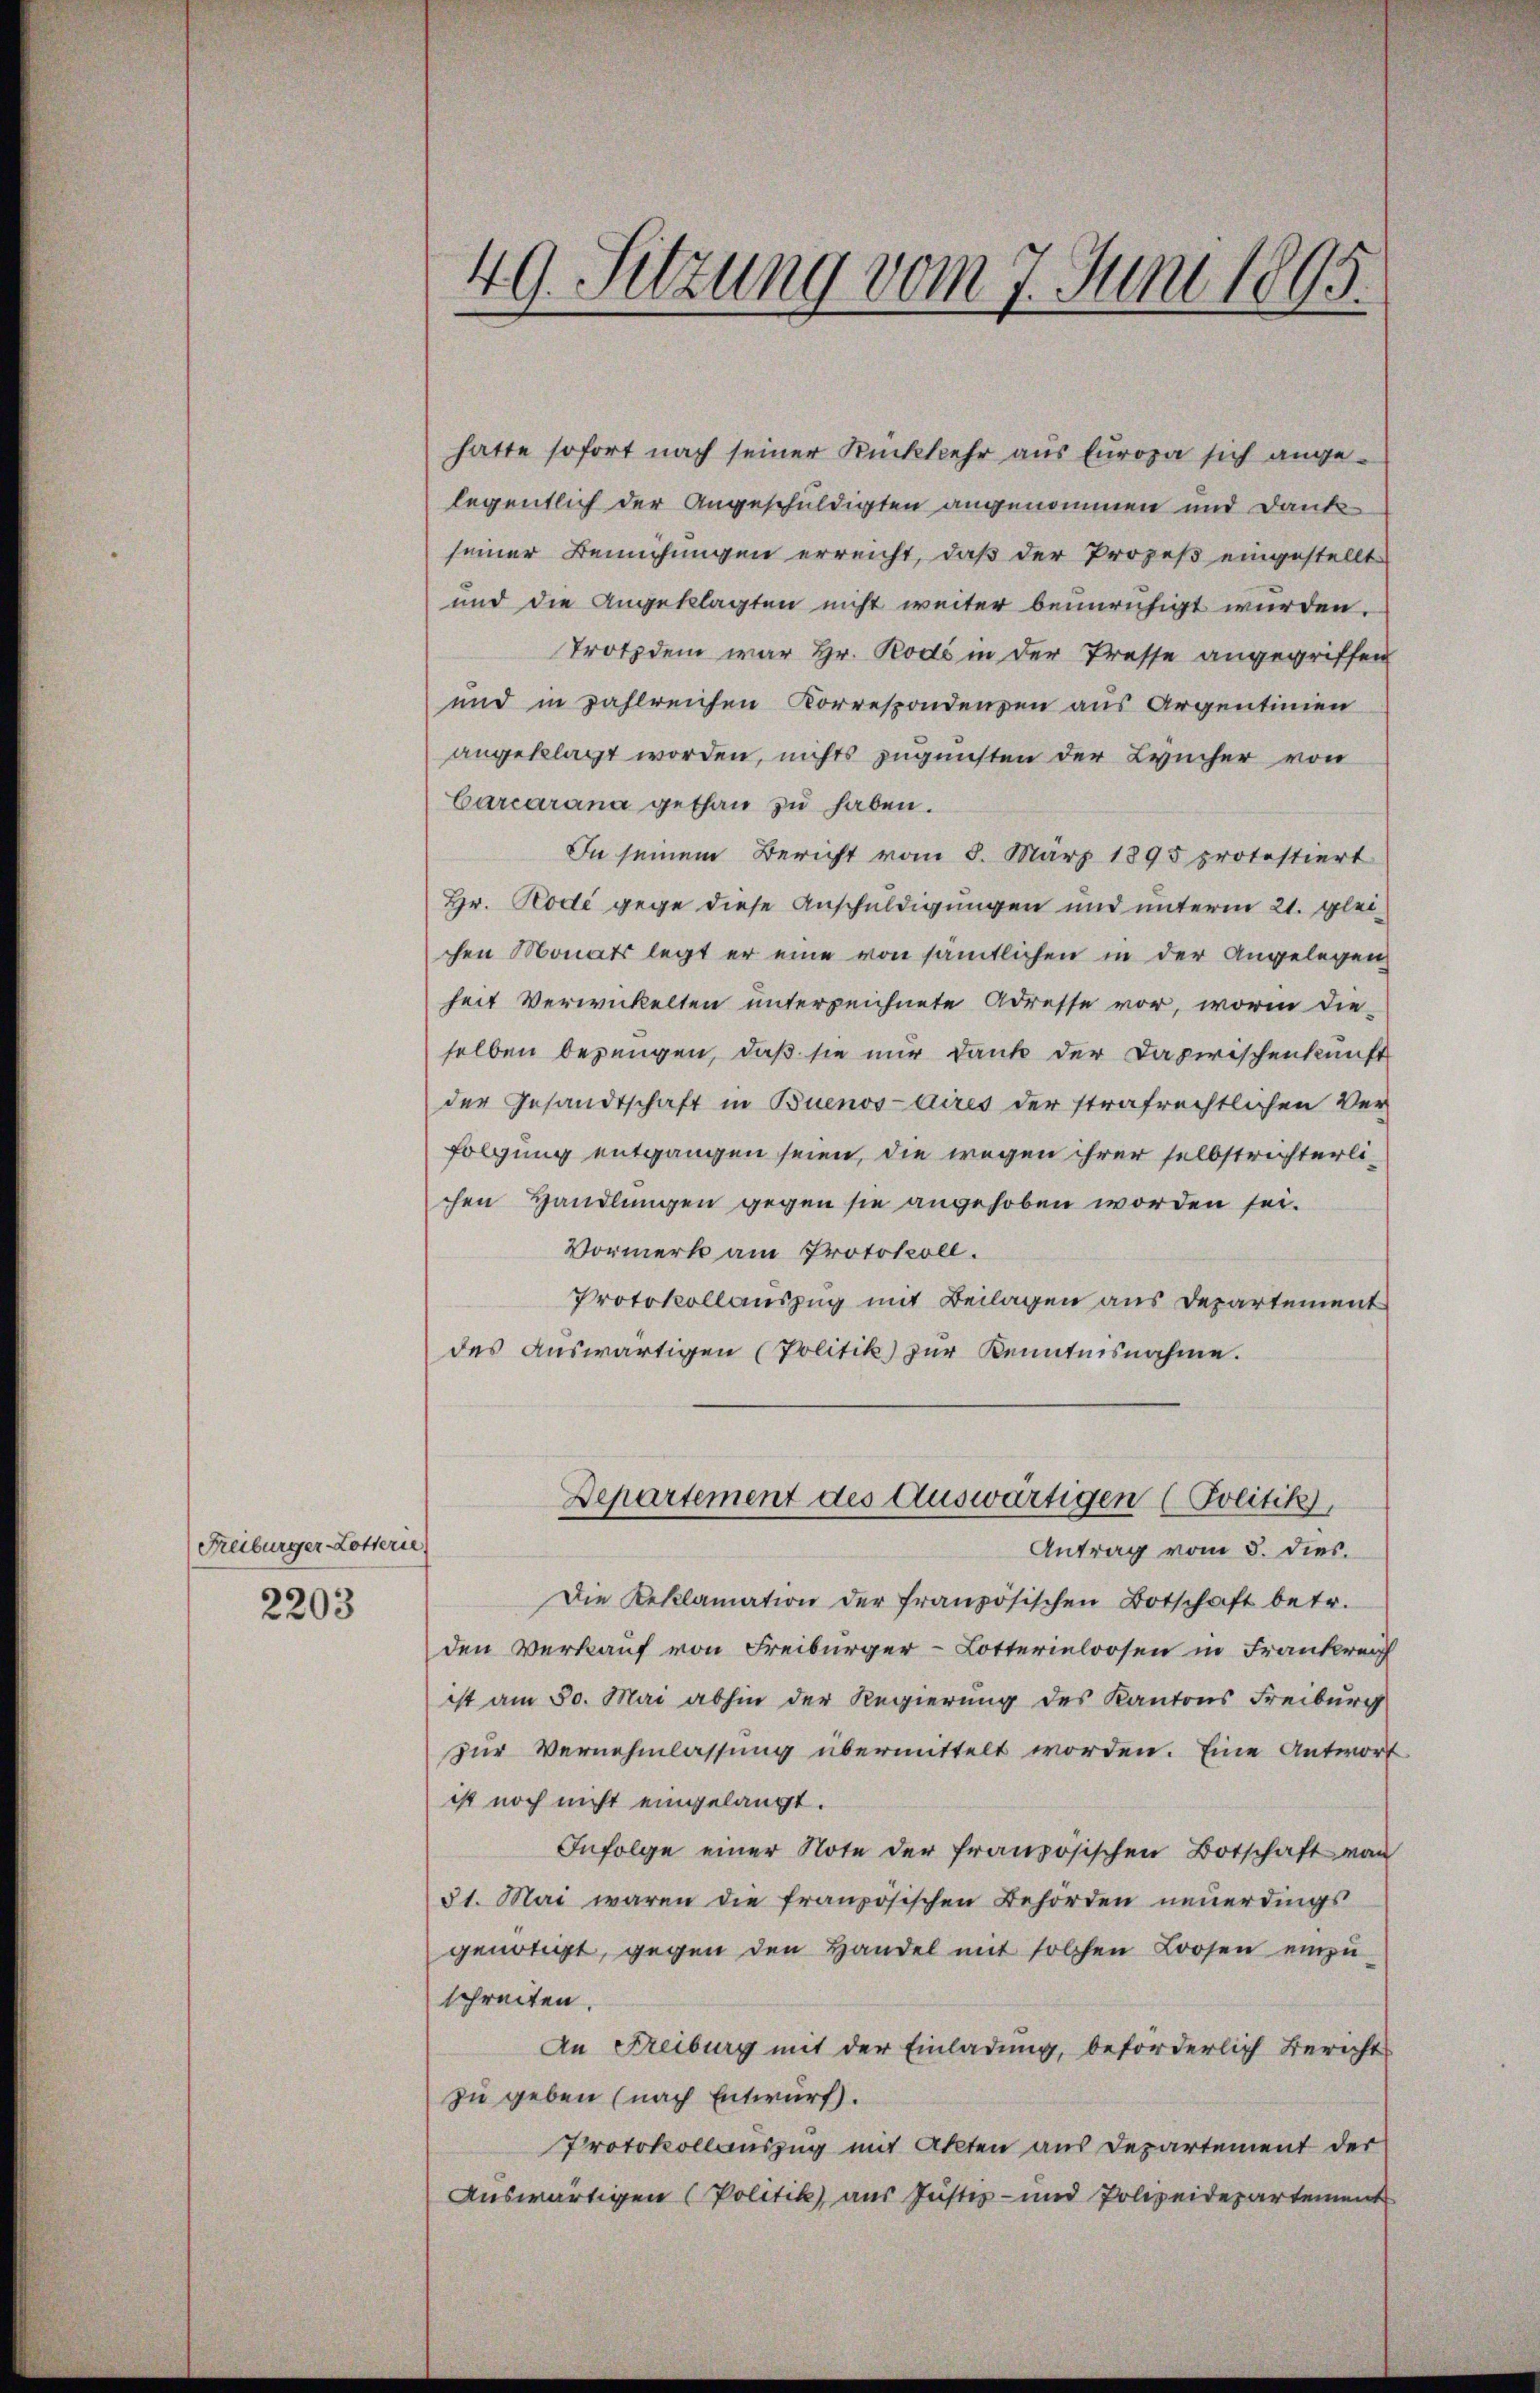
(Freiburger-Lotterie)
2203

49. Sitzung vom 7. Juni 1895.

hatte sofort nach seiner Rückkehr aus Europa sich angelegentlich der Angeschuldigten angenommen und Dankseiner Bemühungen erreicht, daß der Prozeß eingestellt
und die Angeklagten nicht weiter beunruhigt wurden.
Trotzdem war Hr. Rodi in der Tresse angegriffen
und in zahlreichen Korrespondenzen aus Argentinien
angeklagt worden, nichts zugunsten der Leucher von
Carcarana gethan zu haben.
In seinem Bericht vom 8. März 1895 protestiert
Hr. Rode gegen diese Anschuldigungen und unterm 21. glei
chen Monats legt er eine von sämtlichen in der Angelegen
heit Verwickelten unterzeichnete Adresse vor, worin die-
selben bezeugen, daß sie nur dank der Dapirischenkunft
der Gesandtschaft in Buenos Aires der strafrechtlichen Ver-
folgung entgangen seien, die wegen ihrer selbstrichterli-
chen Handlungen gegen sie angehoben worden sei.
Vormerk am Protokoll.
Protokollauszug mit Beilagen aus Departement
des auswärtigen (Politik zur Kenntnisnahme.
Departement des Auswärtigen (Politik),
Antrag vom 5. dies.
Die Reklamation der französischen Botschaft betr.
den Verkauf von Freiburger-Lotterieloosen in Frankrei
ist am 30. Mai abhin der Regierung des Kantons Freiburg
zur Vernehmlassung übermittelt worden. Eine Antwort
ist noch nicht eingelangt.
Infolge einer Note der französischen Botschaft von
31. Mai waren die französischen Behörden neuerdings
genötigt, gegen den Handel mit solchen Loosen einzu-
schreiten.
An Freiburg mit der Einladung, beförderlich Berichts
zu geben (nach Entwurf.
Protokollauszug mit Akten aus Departement der
Auswärtigen (Politik), aus Justiz- und Polizeidepartement